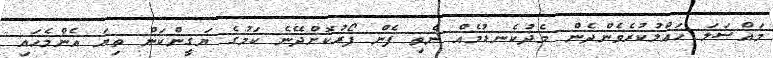
މައްސަލަ ހައްލުކުރެެވެންދެން މެދުކެނޑުމެއް ނެތި ފެން ފޯރުކޮށްދޭނެ ކަމުގެ ޔަގީންކަން ތިޔަ އެންމެހައި